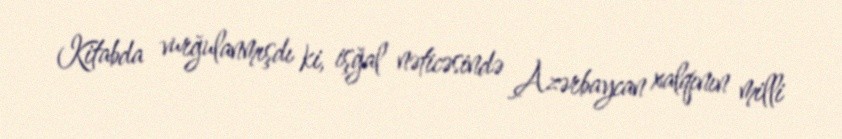
Kitabda vurğulanmışdı ki, işğal nəticəsində Azərbaycan xalqının milli